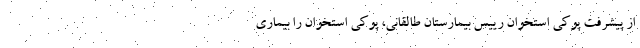
از پیشرفت پوکی استخوان رییس بیمارستان طالقانی، پوکی استخوان را بیماری